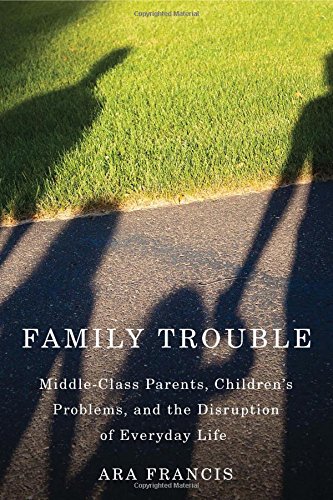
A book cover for Family Trouble: Middle-Class Parents, Children's Problems, and the Disruption of Everyday Life; Ara Francis; Self-Help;